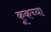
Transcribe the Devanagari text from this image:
कूकच्या